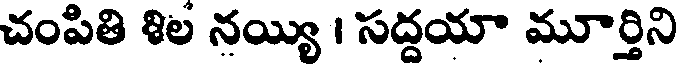
చంపితి శిల నయ్యి । సద్దయా మూర్తిని